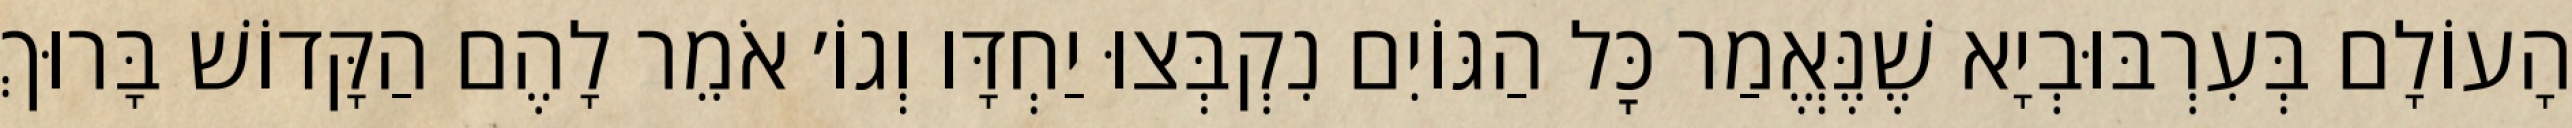
הָעוֹלָם בְּעִרְבּוּבְיָא שֶׁנֶּאֱמַר כׇּל הַגּוֹיִם נִקְבְּצוּ יַחְדָּו וְגוֹ׳ אֹמֵר לָהֶם הַקָּדוֹשׁ בָּרוּךְ